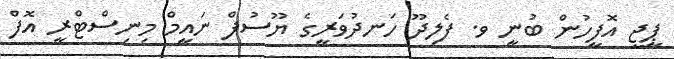
ޕީޖީ އޮފީހުން ބުނީ ވ. ފެލިދޫ ހަނދުވަރީގެ ޔޫސުފް ނައީމް މިނިސްޓްރީ އޮފް